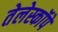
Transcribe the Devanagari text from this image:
तेलेस्कॉपे